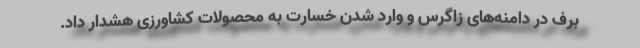
برف در دامنه‌های زاگرس و وارد شدن خسارت به محصولات کشاورزی هشدار داد.